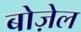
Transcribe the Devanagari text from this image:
बोज़ेल